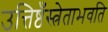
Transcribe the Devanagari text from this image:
उत्तिष्ठँस्त्रेताभवति